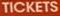
TICKETS